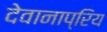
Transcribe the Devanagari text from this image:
देवानाप्रिय